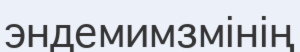
эндемимзмінің